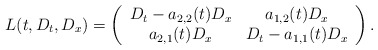
\begin{align*} L(t,D_t,D_x)=\left(\begin{array}{cc} D_t-a_{2,2}(t)D_x & a_{1,2}(t)D_x\\ a_{2,1}(t)D_x & D_t-a_{1,1}(t)D_x \end{array} \right).\end{align*}